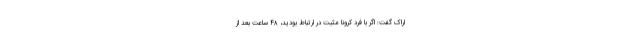
اراک گفت: اگر با فرد کرونا مثبت در ارتباط بودید، ۴۸ ساعت بعد از ‌